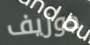
جوزيف